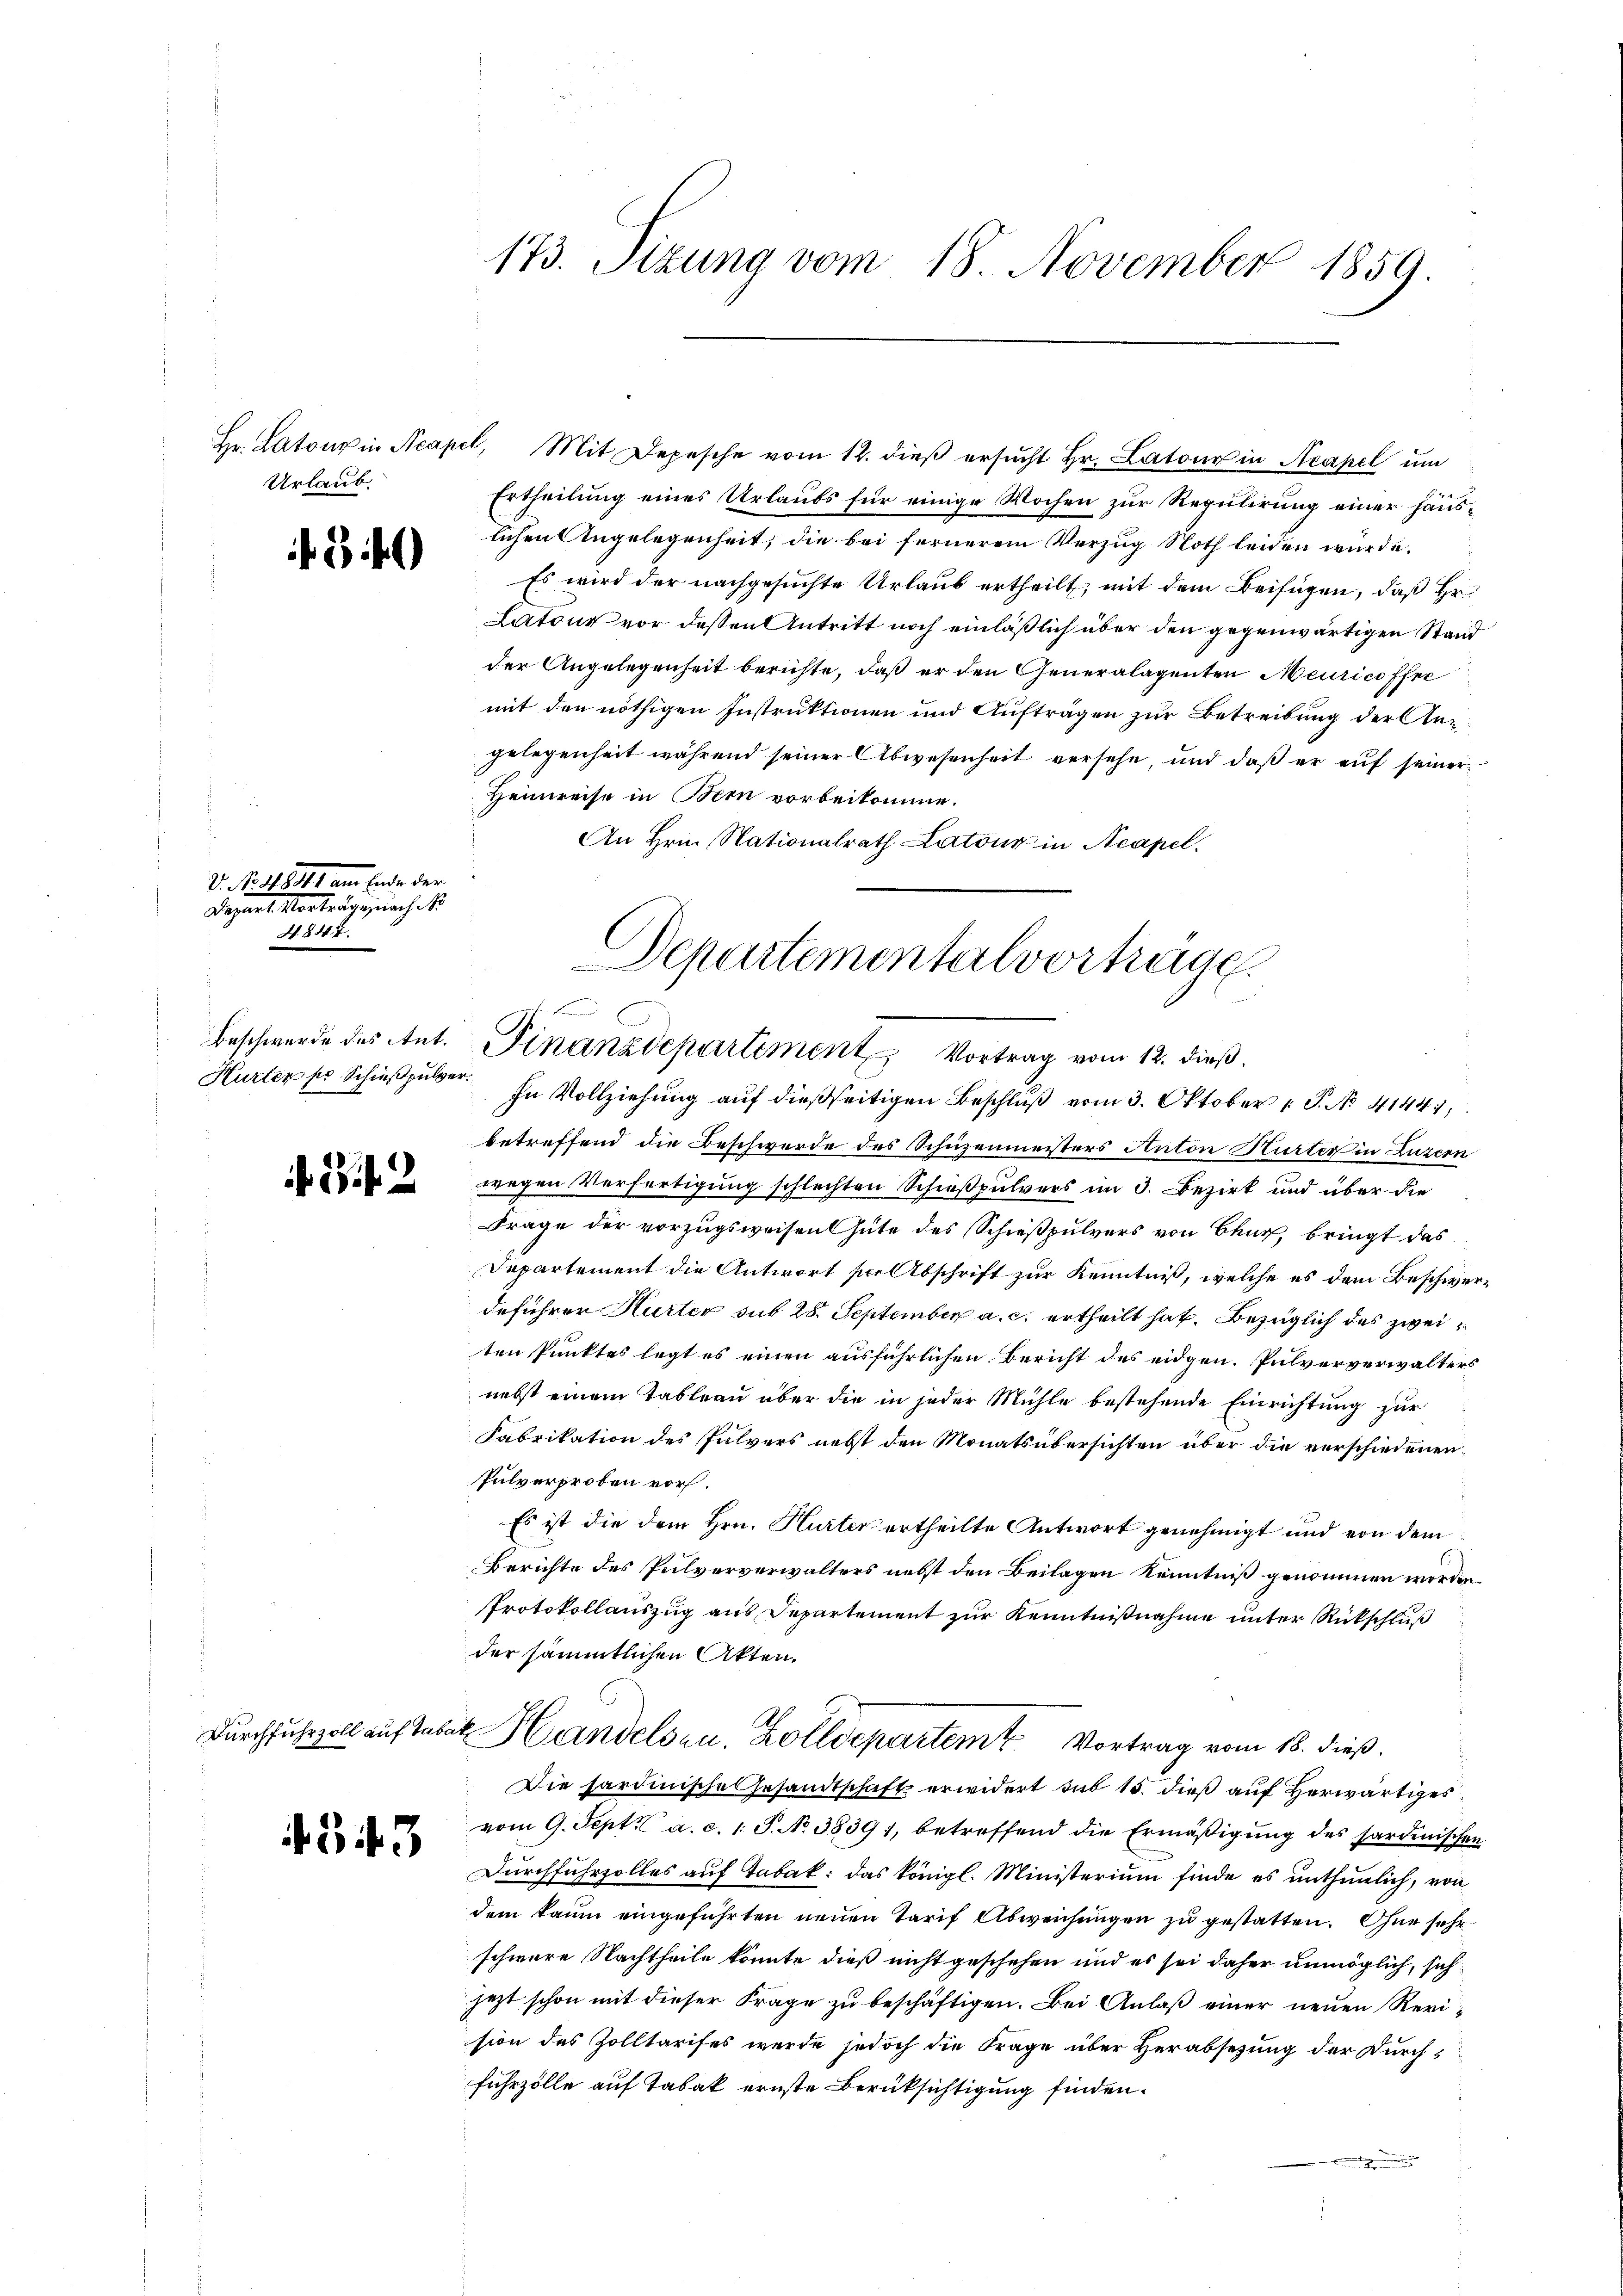
Hr. Latons in Acapi
Urlaub.

f. 3 f

V. No 48441 am Ende der
Depart. Vorträge nach
H. 848. 7.

Hurter pr. Schießpulver.

f 17 f 2

43. 43

173. Sizung vom 18. November 1859.

betreffend die Beschwerde des Schüzenmeisters Anton Murter in Luzern
wegen Verfertigung schlechten Schießpulvers im 3. Bezirk und über die
Frage der vorzugsweisen Güte des Schießpulvers von Baur, bringt das
Departement die Antwort per Abschrift zur Kenntniß, welche es dem Beschwerdeführer Hurter sub 28. September a. c. ertheilt hat. Bezüglich des zweiten Punktes legt es einen ausführlichen Bericht des eidgen. Pulververwalters
nebst einem Tableau über die in jeder Mühle bestehende Einrichtung zur
Fabrikation des Pulvers nebst den Monatsübersichten über die verschiedenen¬
Pulverproben vor.
Es ist die dem Hrn. Hurter ertheilte Antwort genehmigt und von dem
Berichte des Pulververwalters nebst den Beilagen Kenntniß genommen worden.
Protokollauszug aus Departement zur Kenntnißnahme unter Rückschluß
der sämmtlichen Akten.
Durchfuhrzoll auf Tabak Handelsen, Zolldepartem Vortrag vom 18. dieß.
Die sardinische Gesandtschaft erwidert sub 15. dieß auf Herwärtiges
vom 9. Sept. a. c. 1 S. No 38391, betreffend die Ermäßigung des Sardinischen
Durchfuhrzolles auf Tabak: das königl. Ministerium finde es unthunlich, von
dem kaum eingeführten neuen Tarif Abweichungen zu gestatten. Ohne sehr
schwere Nachtheile könnte dieß nicht geschehen und es sei daher unmöglich, sich
jezt schon mit dieser Frage zu beschäftigen. Bei Anlaß einer neuen Revi-
sion des Zolltarifes werde jedoch die Frage über Herabsetzung der Durchfuhrzolle auf Tabak ernste Berücksichtigung finden.

l. Mit Depesche vom 12. dieß ersŭcht Hr. Latour in Neapel um
Ertheilung eines Urlaubs für einige Wochen zur Regulirung einer häuslichen Angelegenheit, die bei fernerem Verzug Noth leiden würde.
Es wird der nachgesuchte Urlaub ertheilt; mit dem Beifügen, daß Hr.
Latour vor dessen Antritt noch einläßlich über den gegenwärtigen Stand
der Angelegenheit berichte, daß er den Generalagenten Meuricoffer
mit den nöthigen Instruktionen und Aufträgen zur Betreibung der Angelegenheit während seiner Abwesenheit versehe, und daß er auf seiner
Heimreise in Bern vorbeikomme.
An Hrn. Nationalrath Latons in Acapel.

Departementalvortrage.
Beschwerde des Ant. Finanzdepartiment Vortrag vom 12. dieß.
In Vollziehung auf dießseitigen Beschluß vom 3. Oktober 1 P. No. 4144,